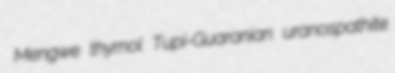
Mengwe thymol Tupi-Guaranian uranospathite